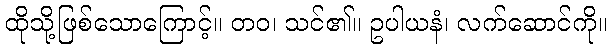
ထိုသို့ဖြစ်သောကြောင့်။ တဝ၊ သင်၏။ ဥပါယနံ၊ လက်ဆောင်ကို။